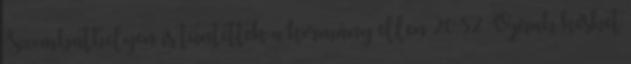
Szombathelyen is tüntettek a kormány ellen 20:52 Oprah késhet